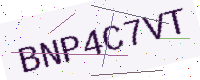
Text: BNP4C7VT